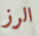
الرز